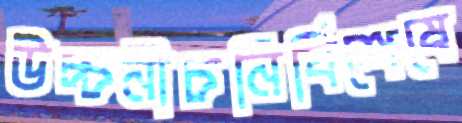
উচ্চনীচনির্বিশেষে